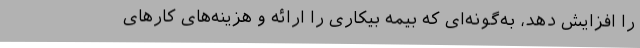
را افزایش دهد، به‌گونه‌ای که بیمه بیکاری را ارائه و هزینه‌های کارهای